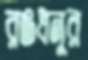
রঙধনুর